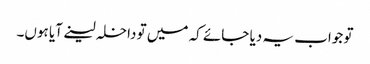
تو جواب یہ دیا جائے کہ میں تو داخلہ لینے آیا ہوں۔